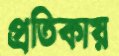
প্রতিকায়